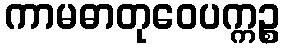
ကာမဓာတုဝေပက္ကဉ္စ